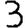
Digit: 3